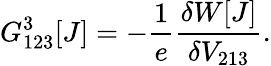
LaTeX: G_{123}^{3}[J]=-\frac{1}{e}\frac{\delta W[J]}{\delta V_{213}}.